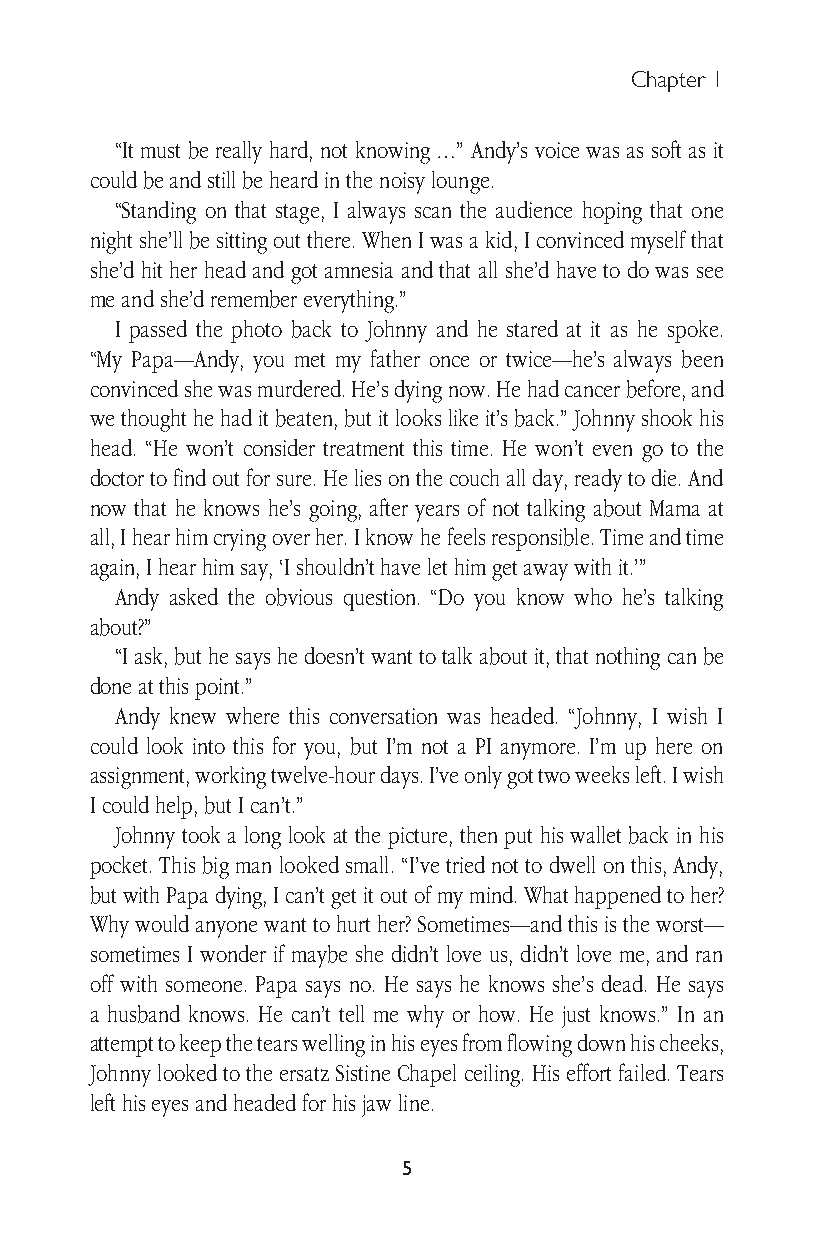
Chapter 1
 “It must be really hard, not knowing …” Andy’s voice was as soft as it
 could be and still be heard in the noisy lounge.
 “Standing on that stage, I always scan the audience hoping that one
 night she’ll be sitting out there. When I was a kid, I convinced myself that
 she’d hit her head and got amnesia and that all she’d have to do was see
 me and she’d remember everything.”
 I passed the photo back to Johnny and he stared at it as he spoke.
 “My Papa—Andy, you met my father once or twice—he’s always been
 convinced she was murdered. He’s dying now. He had cancer before, and
 we thought he had it beaten, but it looks like it’s back.” Johnny shook his
 head. “He won’t consider treatment this time. He won’t even go to the
 doctor to find out for sure. He lies on the couch all day, ready to die. And
 now that he knows he’s going, after years of not talking about Mama at
 all, I hear him crying over her. I know he feels responsible. Time and time
 again, I hear him say, ‘I shouldn’t have let him get away with it.’”
 Andy asked the obvious question. “Do you know who he’s talking
 about?”
 “I ask, but he says he doesn’t want to talk about it, that nothing can be
 done at this point.”
 Andy knew where this conversation was headed. “Johnny, I wish I
 could look into this for you, but I’m not a PI anymore. I’m up here on
 assignment, working twelve-hour days. I’ve only got two weeks left. I wish
 I could help, but I can’t.”
 Johnny took a long look at the picture, then put his wallet back in his
 pocket. This big man looked small. “I’ve tried not to dwell on this, Andy,
 but with Papa dying, I can’t get it out of my mind. What happened to her?
 Why would anyone want to hurt her? Sometimes—and this is the worst—
 sometimes I wonder if maybe she didn’t love us, didn’t love me, and ran
 off with someone. Papa says no. He says he knows she’s dead. He says
 a husband knows. He can’t tell me why or how. He just knows.” In an
 attempt to keep the tears welling in his eyes from flowing down his cheeks,
 Johnny looked to the ersatz Sistine Chapel ceiling. His effort failed. Tears
 left his eyes and headed for his jaw line.
 5